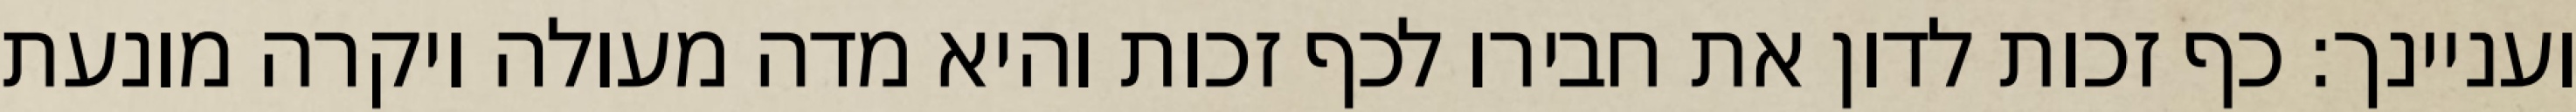
ועניינך: כף זכות לדון את חבירו לכף זכות והיא מדה מעולה ויקרה מונעת